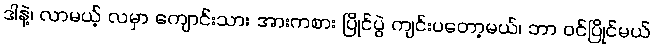
ဒါနဲ့၊ လာမယ့် လမှာ ကျောင်းသား အားကစား ပြိုင်ပွဲ ကျင်းပတော့မယ်၊ ဘာ ဝင်ပြိုင်မယ်